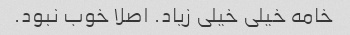
خامه خیلی خیلی زیاد. اصلا خوب نبود.